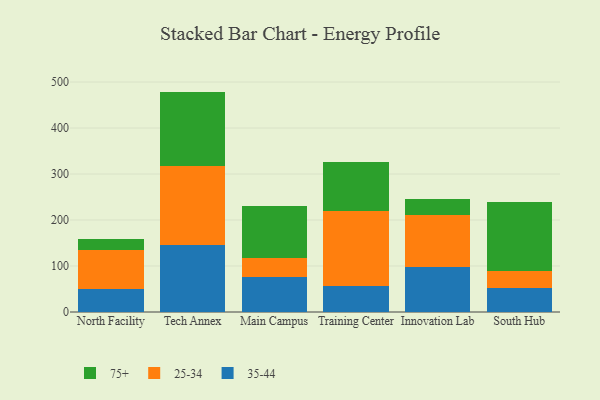
{"axis": {"x": "Campus", "y": "Budget (USD K)"}, "legend": ["25-34", "35-44", "75+"], "data": [{"x": "North Facility", "y": 49.4, "type": "35-44"}, {"x": "North Facility", "y": 84.8, "type": "25-34"}, {"x": "North Facility", "y": 23.8, "type": "75+"}, {"x": "Tech Annex", "y": 146.0, "type": "35-44"}, {"x": "Tech Annex", "y": 172.5, "type": "25-34"}, {"x": "Tech Annex", "y": 160.7, "type": "75+"}, {"x": "Main Campus", "y": 75.5, "type": "35-44"}, {"x": "Main Campus", "y": 41.0, "type": "25-34"}, {"x": "Main Campus", "y": 114.2, "type": "75+"}, {"x": "Training Center", "y": 55.6, "type": "35-44"}, {"x": "Training Center", "y": 164.2, "type": "25-34"}, {"x": "Training Center", "y": 106.9, "type": "75+"}, {"x": "Innovation Lab", "y": 96.8, "type": "35-44"}, {"x": "Innovation Lab", "y": 114.3, "type": "25-34"}, {"x": "Innovation Lab", "y": 34.2, "type": "75+"}, {"x": "South Hub", "y": 53.0, "type": "35-44"}, {"x": "South Hub", "y": 36.4, "type": "25-34"}, {"x": "South Hub", "y": 148.9, "type": "75+"}]}